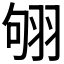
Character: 𦐛